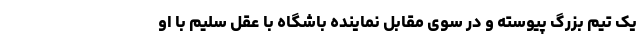
یک تیم بزرگ پیوسته و در سوی مقابل نماینده باشگاه با عقل سلیم با او